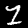
Digit: 1